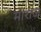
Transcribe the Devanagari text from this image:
माराज